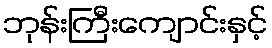
ဘုန်းကြီးကျောင်းနှင့်